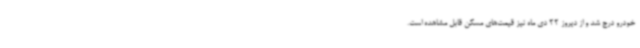
خودرو درج شد و از دیروز 22 دی ماه نیز قیمت‌های مسکن قابل مشاهده است.